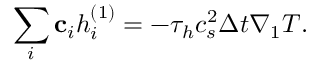
\sum _ { i } { { { \bf { c } } _ { i } } h _ { i } ^ { \left( 1 \right) } } = - { \tau _ { h } } c _ { s } ^ { 2 } \Delta t { \nabla _ { 1 } } T .